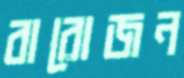
বারোজন